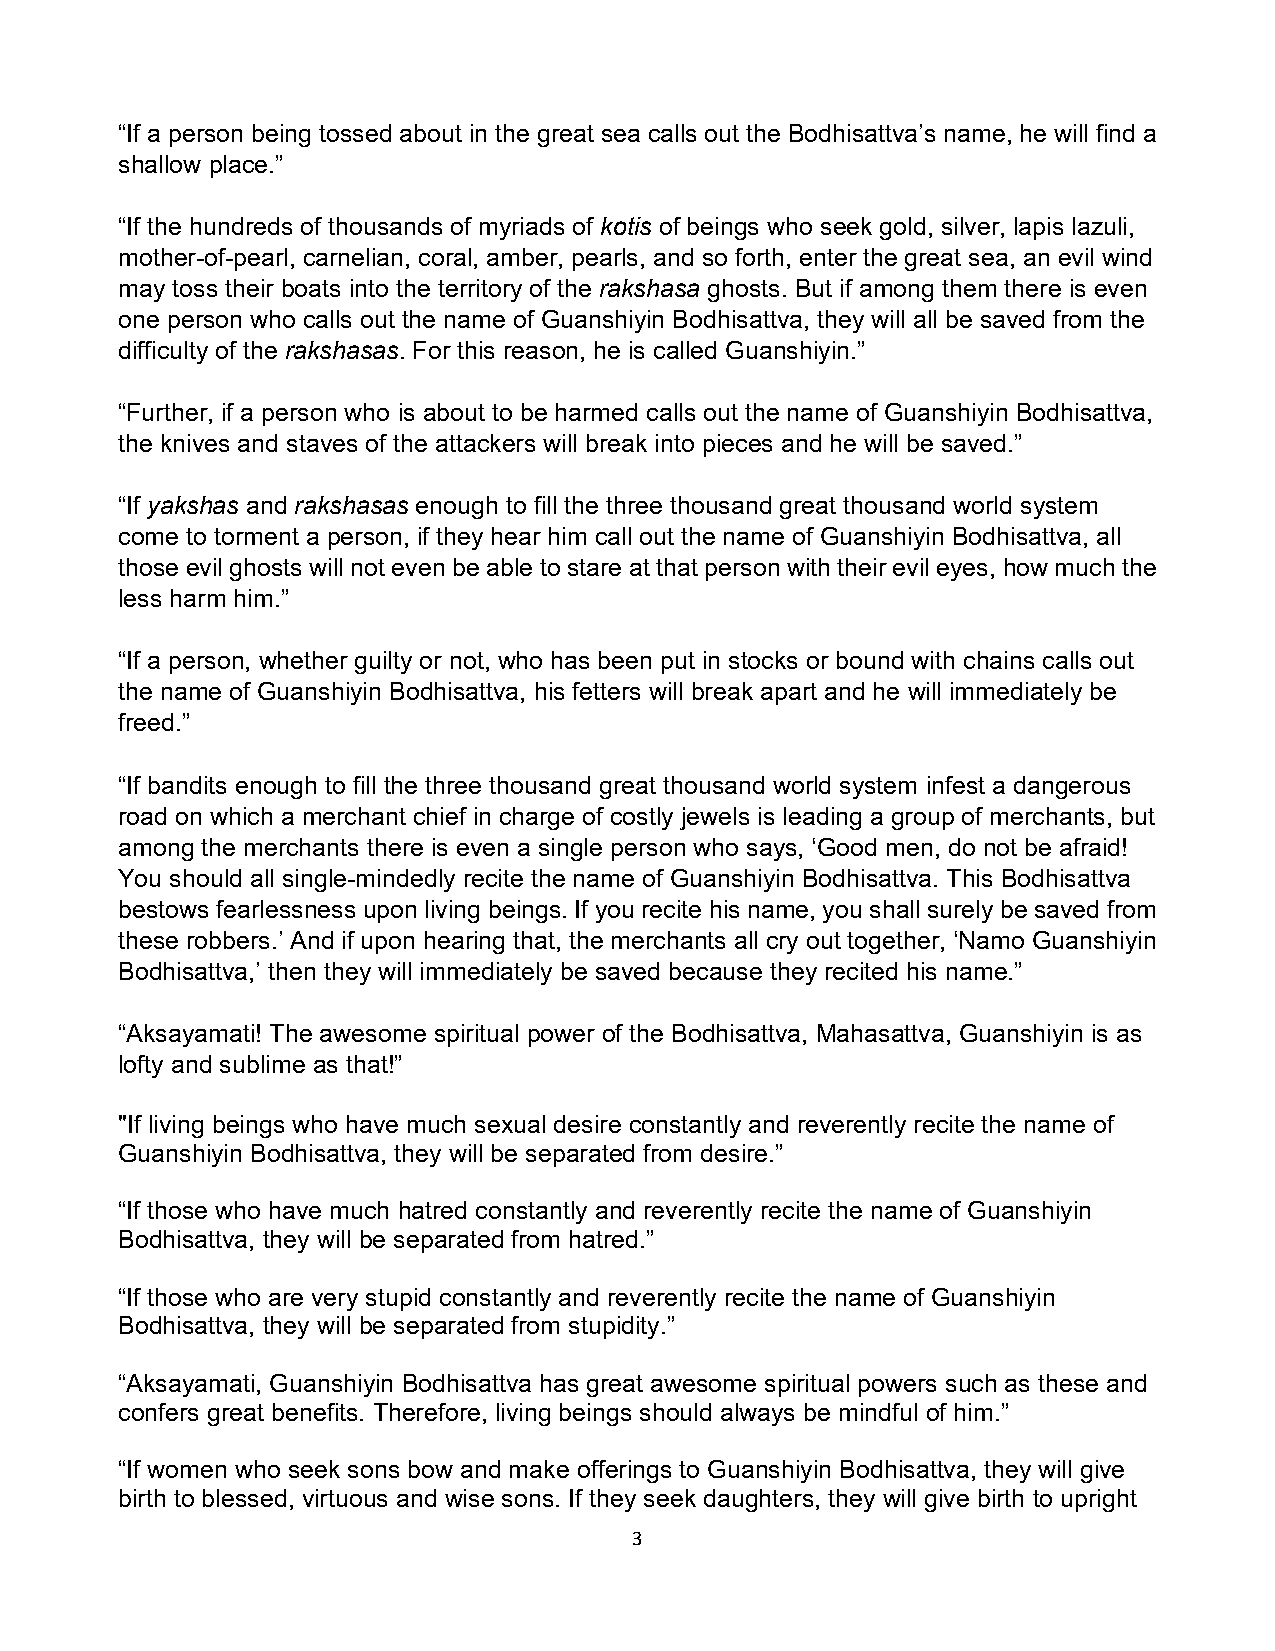
“If a person being tossed about in the great sea calls out the Bodhisattva’s name, he will find a
 shallow place.”
 “If the hundreds of thousands of myriads of kotis of beings who seek gold, silver, lapis lazuli,
 mother-of-pearl, carnelian, coral, amber, pearls, and so forth, enter the great sea, an evil wind
 may toss their boats into the territory of the rakshasa ghosts. But if among them there is even
 one person who calls out the name of Guanshiyin Bodhisattva, they will all be saved from the
 difficulty of the rakshasas. For this reason, he is called Guanshiyin.”
 “Further, if a person who is about to be harmed calls out the name of Guanshiyin Bodhisattva,
 the knives and staves of the attackers will break into pieces and he will be saved.”
 “If yakshas and rakshasas enough to fill the three thousand great thousand world system
 come to torment a person, if they hear him call out the name of Guanshiyin Bodhisattva, all
 thoseevil ghosts will not even be able tostare at thatpersonwith theirevil eyes, howmuch the
 less harm him.”
 “If a person, whether guilty or not, who has been put in stocks or bound with chains calls out
 the name of Guanshiyin Bodhisattva, his fetters will break apart and he will immediately be
 freed.”
 “If bandits enough to fill the three thousand great thousand world system infest a dangerous
 road on which a merchant chief in charge of costly jewels is leading a group of merchants, but
 among the merchants there is even a single person who says, ‘Good men, do not be afraid!
 You should all single-mindedly recite the name of Guanshiyin Bodhisattva. This Bodhisattva
 bestows fearlessnessupon living beings. If you recite hisname,you shallsurely besaved from
 these robbers.’ And if upon hearing that, the merchants all cry out together, ‘Namo Guanshiyin
 Bodhisattva,’ then they will immediately be saved because they recited his name.”
 “Aksayamati! The awesome spiritual power of the Bodhisattva, Mahasattva, Guanshiyin is as
 lofty and sublime as that!”
 "If living beings who have much sexual desire constantly and reverently recite the name of
 Guanshiyin Bodhisattva, they will be separated from desire.”
 “If those who have much hatred constantly and reverently recite the name of Guanshiyin
 Bodhisattva, they will be separated from hatred.”
 “If those who are very stupid constantly and reverently recite the name of Guanshiyin
 Bodhisattva, they will be separated from stupidity.”
 “Aksayamati, Guanshiyin Bodhisattva has great awesome spiritual powers such as these and
 confers great benefits. Therefore, living beings should always be mindful of him.”
 “If women who seek sons bow and make offerings to Guanshiyin Bodhisattva, they will give
 birth to blessed, virtuous and wise sons. If they seek daughters, they will give birth to upright
 3